Lunatic asylums in Bengal annual reports 1888-1898 - 1888-1898
Year: 1888
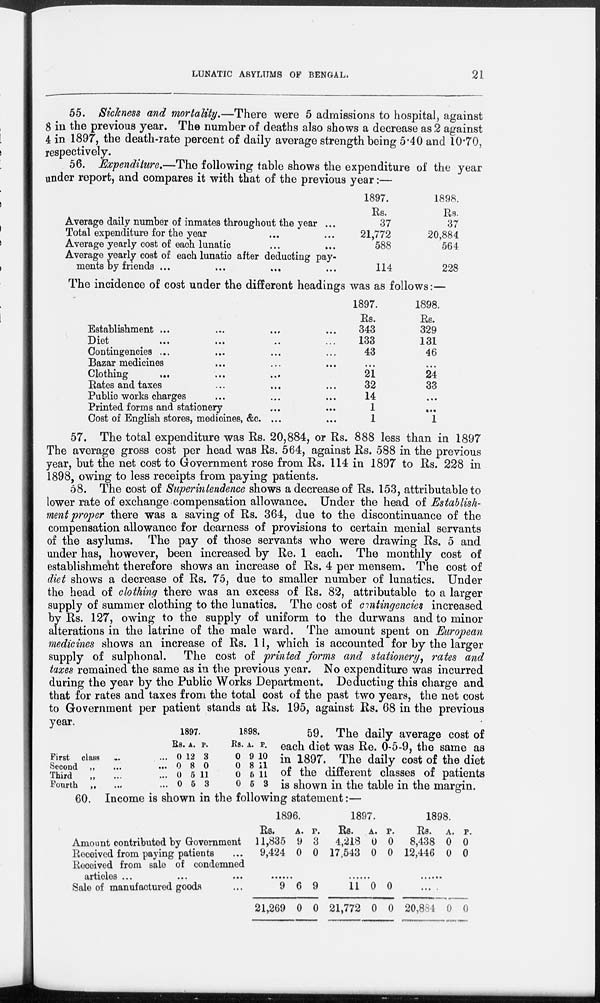
LUNATIC ASYLUMS OF BENGAL.
21
55. Sickness and mortality.—There were 5 admissions to hospital, against
8 in the previous year. The number of deaths also shows a decrease as 2 against
4 in 1897, the death-rate percent of daily average strength being 5.40 and 10.70,
respectively.
56. Expenditure.—The following table shows the expenditure of the year
under report, and compares it with that of the previous year:—
Average daily number of inmates throughout the year ...
Total expenditure for the year ... ...
Average yearly cost of each lunatic ... ...
Average yearly cost of each lunatic after deducting pay-
ments by friends ... ... ... ...
1897.
Rs.
37
21,772
588
114
1898.
Rs.
37
20,884
564
228
The incidence of cost under the different headings was as follows:—
Establishment ...
...
... ...
Diet
...
...
...
...
Contingencies ... ... ... ...
Bazar medicines ... ... ...
Clothing ... ... ... ...
Rates and taxes ... ... ...
Public works charges ... ... ...
Printed forms and stationery ... ...
Cost of English stores, medicines, &c. ... ...
1897.
Rs.
343
133
43
...
21
32
14
1
1
1898.
Rs.
329
131
46
...
24
33
...
...
1
57. The total expenditure was Rs. 20,884, or Rs. 888 less than in 1897
The average gross cost per head was Rs. 564, against Rs. 588 in the previous
year, but the net cost to Government rose from Rs. 114 in 1897 to Rs. 228 in
1898, owing to less receipts from paying patients.
58. The cost of Superintendence shows a decrease of Rs. 153, attributable to
lower rate of exchange compensation allowance. Under the head of Establish-
ment proper there was a saving of Rs. 364, due to the discontinuance of the
compensation allowance for dearness of provisions to certain menial servants
of the asylums. The pay of those servants who were drawing Rs. 5 and
under has, however, been increased by Re. 1 each. The monthly cost of
establishment therefore shows an increase of Rs. 4 per mensem. The cost of
diet shows a decrease of Rs. 75, due to smaller number of lunatics. Under
the head of clothing there was an excess of Rs. 82, attributable to a larger
supply of summer clothing to the lunatics. The cost of contingencies increased
by Rs. 127, owing to the supply of uniform to the durwans and to minor
alterations in the latrine of the male ward. The amount spent on European
medicines shows an increase of Rs. 11, which is accounted for by the larger
supply of sulphonal. The cost of printed forms and stationery, rates and
taxes remained the same as in the previous year. No expenditure was incurred
during the year by the Public Works Department. Deducting this charge and
that for rates and taxes from the total cost of the past two years, the net cost
to Government per patient stands at Rs. 195, against Rs. 68 in the previous
year.
First class ... ...
Second „
...
...
Third „ ... ...
Fourth „ ... ...
1897.
Rs.
0
0
0
0
A.
12
8
5
5
P.
3
0
11
3
1898.
Rs.
0
0
0
0
A.
9
8
6
5
P.
10
11
11
3
59. The daily average cost of
each diet was Re. 0-5-9, the same as
in 1897. The daily cost of the diet
of the different classes of patients
is shown in the table in the margin.
60. Income is shown in the following statement:—
Amount contributed by Government
Received from paying patients ...
Received from sale of condemned
articles ... ... ...
Sale of manufactured goods ...
1896.
Rs.
11,835
9,424
A.
9
0
P.
3
0
......
9
21,269
6
0
9
0
1897.
Rs.
4,218
17,543
A.
0
0
P.
0
0
......
11
21,772
0
0
0
0
1898.
Rs.
8,438
12,446
A.
0
0
P.
0
0
......
...
20,884 0 0